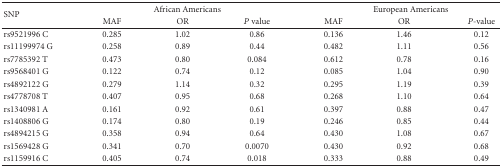
| <ROWSPAN=2> SNP | <COLSPAN=3> African Americans | <COLSPAN=3> European Americans |
 | MAF | OR | P value | MAF | OR | P-value |
 | --- | --- | --- | --- | --- | --- | --- |
 | rs9521996 C | 0.285 | 1.02 | 0.86 | 0.136 | 1.46 | 0.12 |
 | rs11199974 G | 0.258 | 0.89 | 0.44 | 0.482 | 1.11 | 0.56 |
 | rs7785392 T | 0.473 | 0.80 | 0.084 | 0.612 | 0.78 | 0.16 |
 | rs9568401 G | 0.122 | 0.74 | 0.12 | 0.085 | 1.04 | 0.90 |
 | rs4892122 G | 0.279 | 1.14 | 0.32 | 0.295 | 1.19 | 0.39 |
 | rs4778708 T | 0.407 | 0.95 | 0.68 | 0.268 | 1.10 | 0.64 |
 | rs1340981 A | 0.161 | 0.92 | 0.61 | 0.397 | 0.88 | 0.47 |
 | rs1408806 G | 0.174 | 0.80 | 0.19 | 0.246 | 0.85 | 0.44 |
 | rs4894215 G | 0.358 | 0.94 | 0.64 | 0.430 | 1.08 | 0.67 |
 | rs1569428 G | 0.341 | 0.70 | 0.0070 | 0.430 | 0.92 | 0.68 |
 | rs1159916 C | 0.405 | 0.74 | 0.018 | 0.333 | 0.88 | 0.49 |